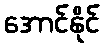
အောင်နိုင်